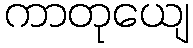
ကာတုယျေ